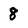
Character: 8